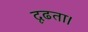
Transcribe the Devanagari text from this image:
दृढता।